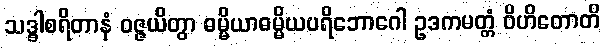
သဒ္ဓါစရိတာနံ ဝဇ္ဇယိတွာ ဓမ္မိယာဓမ္မိယပရိဘောဂေါ ဥဒကမတ္တံ ဝိဟိတောတိ